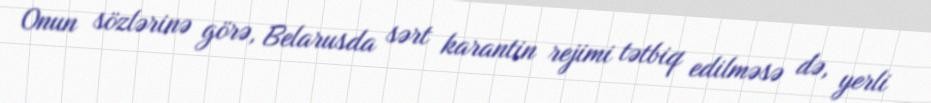
Onun sözlərinə görə, Belarusda sərt karantin rejimi tətbiq edilməsə də, yerli